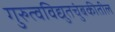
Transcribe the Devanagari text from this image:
गुरुत्वविद्युतचुंबकीतील